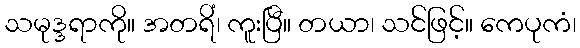
သမုဒ္ဒရာကို။ အတရိံ၊ ကူးပြီ။ တယာ၊ သင်ဖြင့်။ ကေပုကံ၊